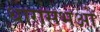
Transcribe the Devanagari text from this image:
धारासभओं